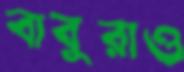
বাবুরাও